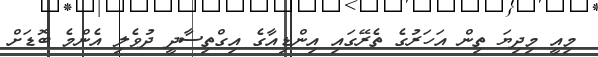
މިއީ މިދިޔަ ތިން އަހަރުގެ ތެރޭގައި އިންޑިއާގެ އިގްތިސާދީ ދުވެލި އެންމެ ބޮޑަށް